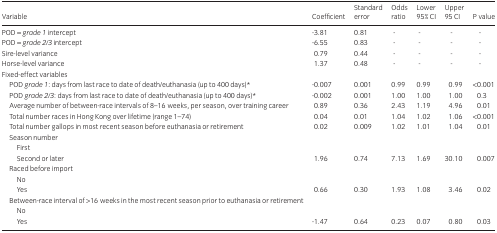
<table><thead><tr><td><b>Variable</b></td><td><b>Coefficient</b></td><td><b>Standard error</b></td><td><b>Odds ratio</b></td><td><b>Lower 95% CI</b></td><td><b>Upper 95 CI</b></td><td><b>P value</b></td></tr></thead><tbody><tr><td>POD = <i>grade 1</i> intercept</td><td>-3.81</td><td>0.81</td><td>-</td><td>-</td><td>-</td><td>-</td></tr><tr><td>POD = <i>grade 2/3</i> intercept</td><td>-6.55</td><td>0.83</td><td>-</td><td>-</td><td>-</td><td>-</td></tr><tr><td>Sire-level variance</td><td>0.79</td><td>0.44</td><td>-</td><td>-</td><td>-</td><td>-</td></tr><tr><td>Horse-level variance</td><td>1.37</td><td>0.48</td><td>-</td><td>-</td><td>-</td><td>-</td></tr><tr><td>Fixed-effect variables</td><td></td><td></td><td></td><td></td><td></td><td></td></tr><tr><td>POD <i>grade 1</i>: days from last race to date of death/euthanasia (up to 400 days)*</td><td>-0.007</td><td>0.001</td><td>0.99</td><td>0.99</td><td>0.99</td><td>&lt;0.001</td></tr><tr><td>POD <i>grade 2/3</i>: days from last race to date of death/euthanasia (up to 400 days)*</td><td>-0.002</td><td>0.001</td><td>1.00</td><td>1.00</td><td>1.00</td><td>0.3</td></tr><tr><td>Average number of between-race intervals of 8–16 weeks, per season, over training career</td><td>0.89</td><td>0.36</td><td>2.43</td><td>1.19</td><td>4.96</td><td>0.01</td></tr><tr><td>Total number races in Hong Kong over lifetime (range 1–74)</td><td>0.04</td><td>0.01</td><td>1.04</td><td>1.02</td><td>1.06</td><td>&lt;0.001</td></tr><tr><td>Total number gallops in most recent season before euthanasia or retirement</td><td>0.02</td><td>0.009</td><td>1.02</td><td>1.01</td><td>1.04</td><td>0.01</td></tr><tr><td>Season number</td><td></td><td></td><td></td><td></td><td></td><td></td></tr><tr><td>First</td><td></td><td></td><td></td><td></td><td></td><td></td></tr><tr><td>Second or later</td><td>1.96</td><td>0.74</td><td>7.13</td><td>1.69</td><td>30.10</td><td>0.007</td></tr><tr><td>Raced before import</td><td></td><td></td><td></td><td></td><td></td><td></td></tr><tr><td>No</td><td></td><td></td><td></td><td></td><td></td><td></td></tr><tr><td>Yes</td><td>0.66</td><td>0.30</td><td>1.93</td><td>1.08</td><td>3.46</td><td>0.02</td></tr><tr><td>Between-race interval of &gt;16 weeks in the most recent season prior to euthanasia or retirement</td><td></td><td></td><td></td><td></td><td></td><td></td></tr><tr><td>No</td><td></td><td></td><td></td><td></td><td></td><td></td></tr><tr><td>Yes</td><td>-1.47</td><td>0.64</td><td>0.23</td><td>0.07</td><td>0.80</td><td>0.03</td></tr></tbody></table>